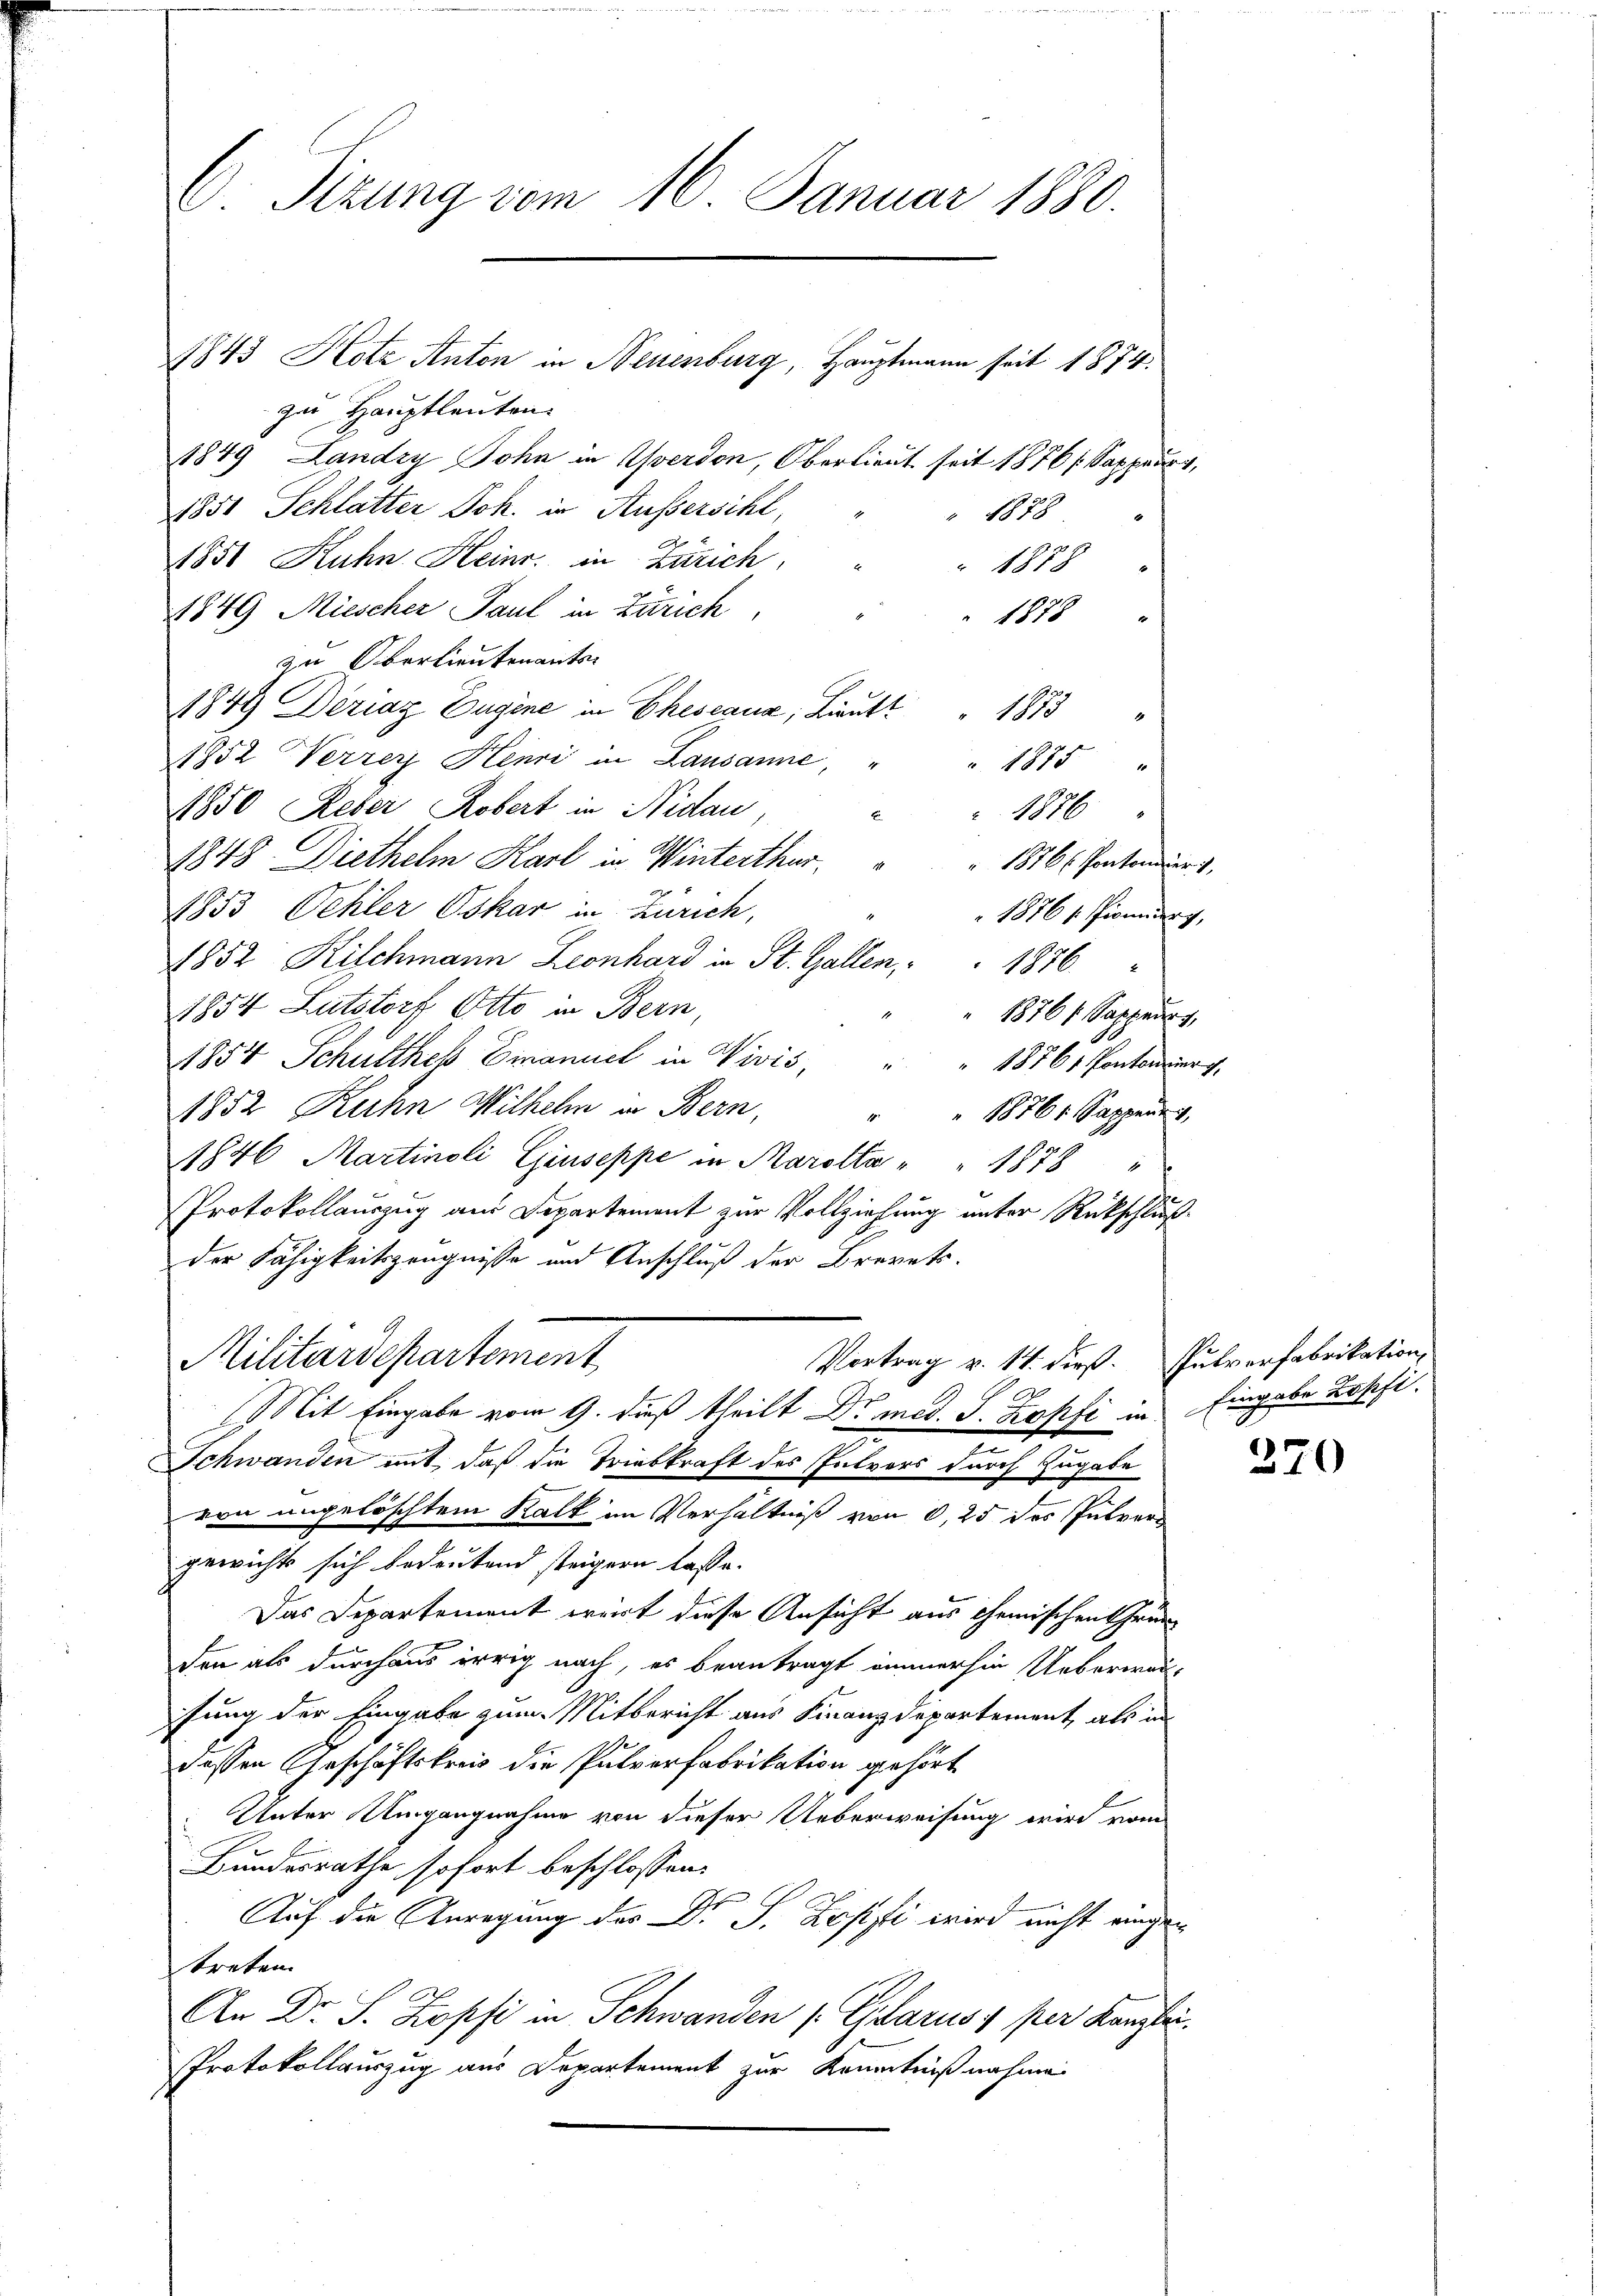
. Sizung vom 16. Januar 1880.

1843 Hotz Anton in Neuenburg, Hauptmann seit 1874.
zu Hauptleuten.
1849, Landry Sohn in Yverdon, Oberlieut seit 1876 / Sappeurs,
1851 Schlatter Joh. in Aussersihl,
" 1879
1856 Kuhn Heinr. in Zürich,
" 1878
1849 Miescher Paul in Zürich
1878
zu Oberlieutenants-
1849 Deziaz Eugene in Ehescaua, Lieutt " 1873
1852 Verrer Henri in Lausanne
1875 "
1850 Reber Robert in Nidau
1876
1848. Diethelm Karl in Winterthur,
" 1876 Pontonier,
1853 Oehler Oskar in Zürich,
 1876 s. Spionnurg,
1852 Kilchmann Leonhard in St. Gallen, " " 1876
1854 Lutstort Otto in Bern,
1876 f. Sappeurs,
1854 Schulthes Emanuel in Vivis, " " 1876 Pontoner g
1852 Kuhn Wilhelm in Bern,
18761 Sappen
4
1846 Martinsli Giuseppe in Maroller " " 1878
Protokollauszug aus Departement zur Vollziehung unter Rückschlußder Fähigkeitszeugnisse und Anschluß der Brevets.
Militärdepartement
Vortrag v. 14. dieß. Putverfabrikation,
S
Mit Eingabe vom 9. dieß theilt D. med. J. Zopfi in Eingabe Kopfi-
n
Schwanden mit, daß die Triebkraft des Entvors durch Zugabe
von ungelöschtem Kalk im Verhältniß von 0,25 des Pulver
gewicht sich bedeutend steigern lasse.
Das Departement wert diese Ansicht aus chemischen Thrän
den als durchaus irrig nach, es beantragt immerhin Ueberwar-
sung der Eingabe zum Mitbericht aus Finanzdepartement, als in
dessen Geschäftskreis die Pulverfabrikation gehört
Unter Umgangnahme von dieser Ueberweisung wird vom
Bundesrathe sofort beschlossen:
Auf die Anregung des Dr. S. Lesisti wird nicht eingen
treten.
An Dr. S. Zopfi in Schwanden (Glarus, per Kanzlei.
Protokollauszug aus Departement zur Kenntnißnahme

370